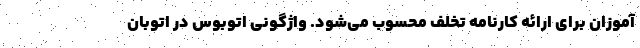
‌آموزان برای ارائه کارنامه تخلف محسوب می‌شود. واژگونی اتوبوس در اتوبان